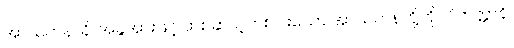
အာယတနာနိ၊ အခွဲအားဖြင့် တစ်ဆယ့်တစ်ပါးသော အာယတနတို့ကို။ ဝိဘတ္တာနိ၊